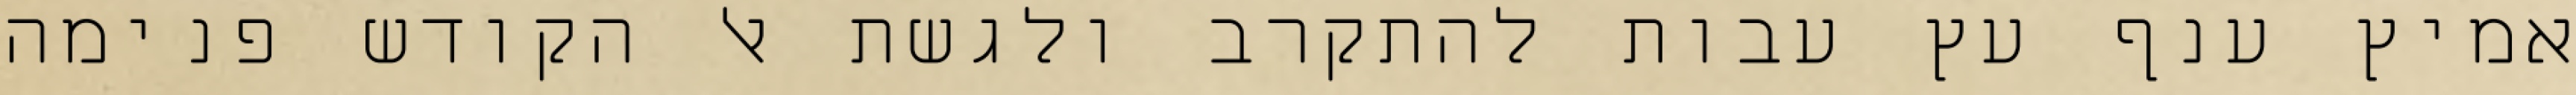
אמיץ ענף עץ עבות להתקרב ולגשת אל הקודש פנימה